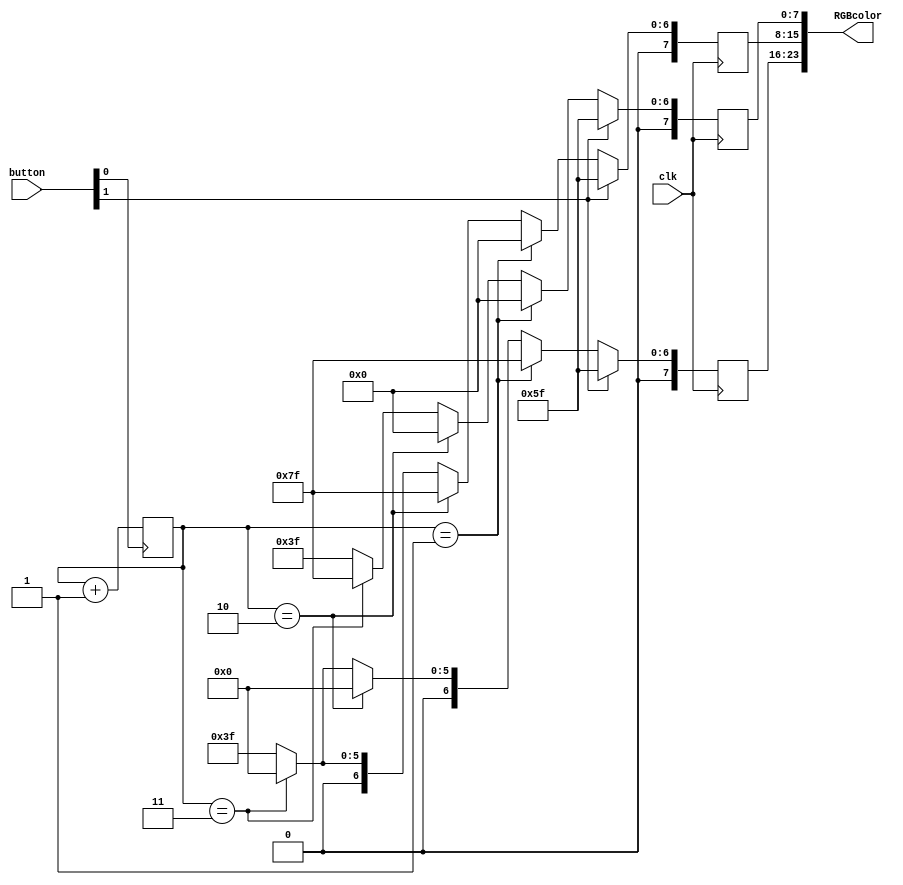
module RGB_color_set(
	input clk,
	input [1:0] button,
	output [23:0] RGBcolor
    );

	// ===========================================================================
	// 							  Parameters, Regsiters, and Wires
	// ===========================================================================
	reg [1:0] cunt = 2'd0;
	reg [7:0] red;
	reg [7:0] gre;
	reg [7:0] blu;

	// ===========================================================================
	// 										Implementation
	// ===========================================================================

	always @ (posedge button[0])
		begin
			//if (button[0])
				cunt <= cunt+1;
		end

	// Begin
	always @ (posedge clk)
		begin

		// Default Color
		if(button[1]) begin
			red <= 8'b01011111;
			gre <= 8'b01011111;
			blu <= 8'b01011111;
		end

		// Color shit
		else if (cunt == 1)begin
			red <= 8'b01111111;
			gre <= 8'b00000000;
			blu <= 8'b00000000;
			end

		else if (cunt == 2)begin
			red <= 8'b00000000;
			gre <= 8'b01111111;
			blu <= 8'b00000000;
			end

		else if (cunt == 3)begin
			red <= 8'b00000000;
			gre <= 8'b00000000;
			blu <= 8'b01111111;
			end

		// white light
		else begin
			red <= 8'b00111111;
			gre <= 8'b00111111;
			blu <= 8'b00111111;
			end

		end

	assign RGBcolor = {red, gre, blu};

endmodule